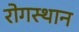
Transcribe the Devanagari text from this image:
रोगस्थान